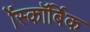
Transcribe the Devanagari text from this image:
ॲस्कॉर्बिक